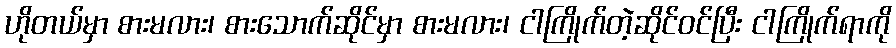
ဟိုတယ်မှာ စားမလား၊ စားသောက်ဆိုင်မှာ စားမလား၊ ငါကြိုက်တဲ့ဆိုင်ဝင်ပြီး ငါကြိုက်ရာကို